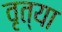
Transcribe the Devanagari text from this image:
वृत्या